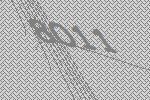
8011